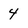
Character: 4